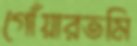
গোঁয়ারতমি